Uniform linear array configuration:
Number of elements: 8
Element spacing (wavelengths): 0.5
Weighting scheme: blackman
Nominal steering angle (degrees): -60
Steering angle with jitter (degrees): -61.287
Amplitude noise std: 0.05
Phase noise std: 0.05

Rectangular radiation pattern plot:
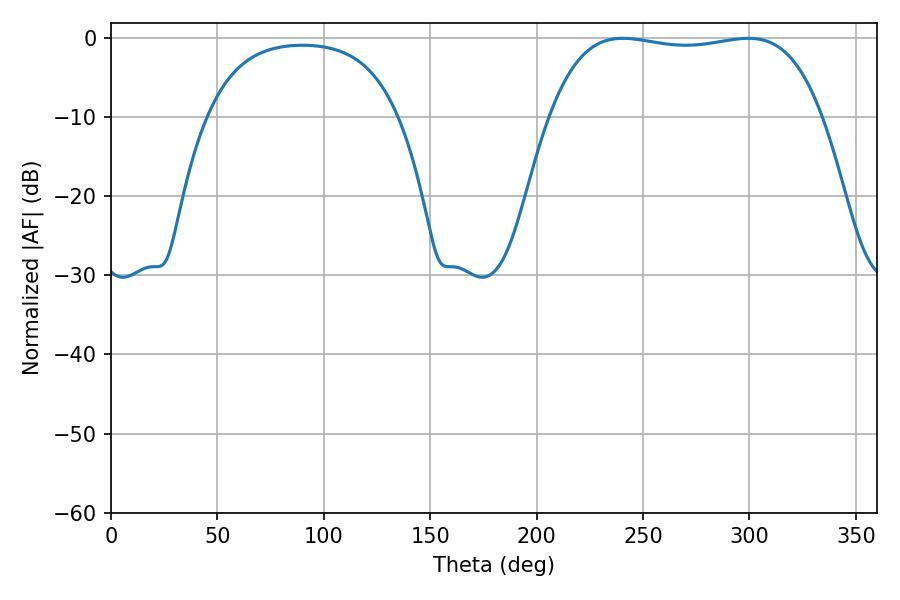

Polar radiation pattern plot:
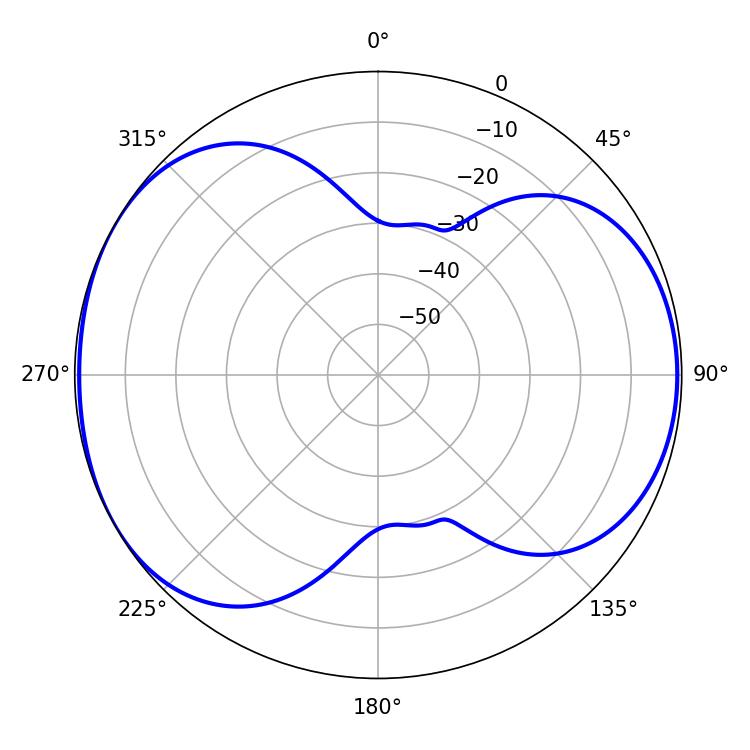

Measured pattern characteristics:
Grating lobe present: FALSE
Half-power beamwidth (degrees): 101.88
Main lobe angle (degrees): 240.48